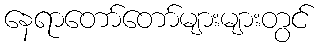
နေရာတော်တော်များများတွင်